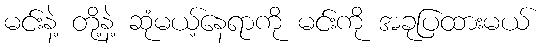
မင်းနဲ့ တို့နဲ့ ဆုံမယ့်နေရာကို မင်းကို အခုပြထားမယ်